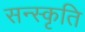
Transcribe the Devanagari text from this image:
सन्स्कृति